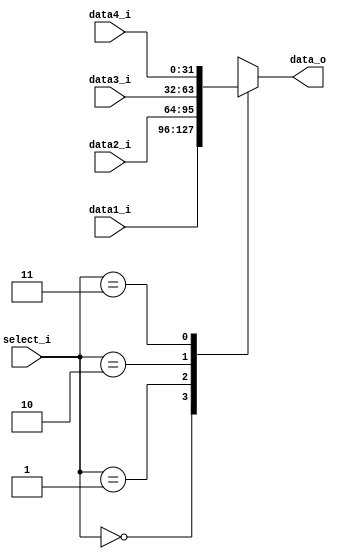
module MUX32_4WAY
(
  data1_i,
  data2_i,
  data3_i,
  data4_i,
  select_i,
  data_o
);

input      [31:0] data1_i;
input      [31:0] data2_i;
input      [31:0] data3_i;
input      [31:0] data4_i;
input       [1:0] select_i;
output reg  [31:0] data_o;

`define DATA1 2'b00
`define DATA2 2'b01
`define DATA3 2'b10
`define DATA4 2'b11

always @ (*) begin
  case (select_i)
    `DATA1: data_o <= data1_i;
    `DATA2: data_o <= data2_i;
    `DATA3: data_o <= data3_i;
    `DATA4: data_o <= data4_i;
  endcase
end

endmodule